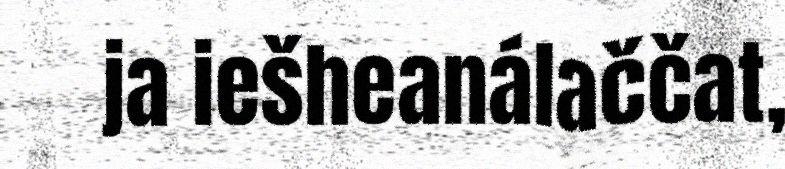
ja iešheanálaččat,